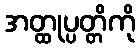
အတ္ထုပ္ပတ္တိကို